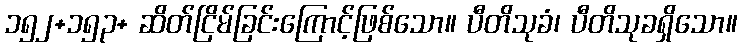
၁၅၂+၁၅၃+ ဆိတ်ငြိမ်ခြင်းကြောင့်ဖြစ်သော။ ပီတိသုခံ၊ ပီတိသုခရှိသော။